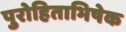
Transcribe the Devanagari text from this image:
पुरोहिताभिषेक